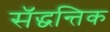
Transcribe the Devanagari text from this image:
सॅद्धन्तिक